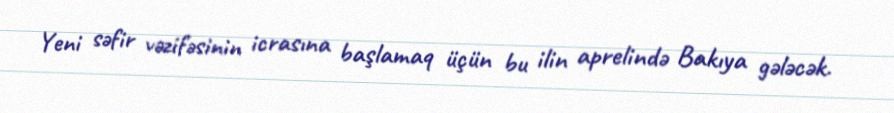
Yeni səfir vəzifəsinin icrasına başlamaq üçün bu ilin aprelində Bakıya gələcək.